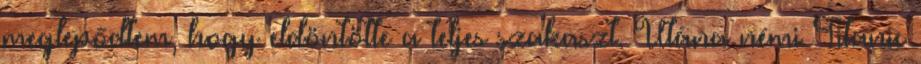
meglepődtem, hogy eldöntötte a teljes szakaszt. Utána némi Titanic